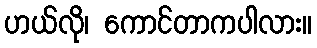
ဟယ်လို၊ ကောင်တာကပါလား။